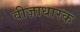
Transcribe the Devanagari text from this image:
वीज़ाधारक